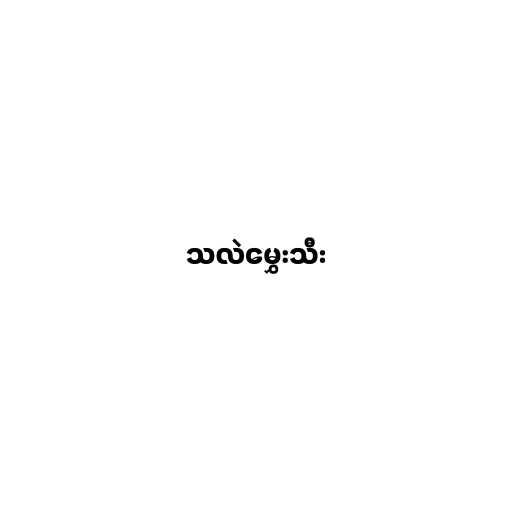
သလဲမွှေးသီး